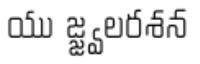
యు జ్జ్వలరశన